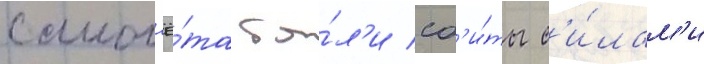
самол'ё́та бы́л'и сб'и́ты с'и́лам'и